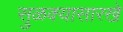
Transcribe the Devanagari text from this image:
सुळक्यासारखे